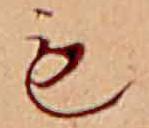
も